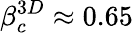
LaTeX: \beta_{c}^{3D}\approx 0.65